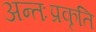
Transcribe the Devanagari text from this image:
अन्तःप्रकृति